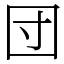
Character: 団